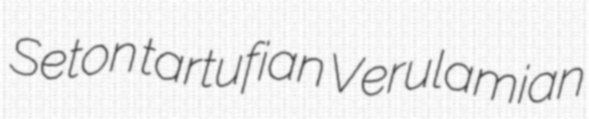
Seton tartufian Verulamian